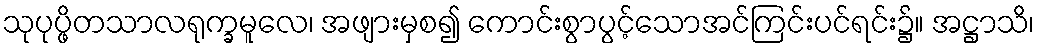
သုပုပ္ဖိတသာလရုက္ခမူလေ၊ အဖျားမှစ၍ ကောင်းစွာပွင့်သောအင်ကြင်းပင်ရင်း၌။ အဋ္ဌာသိ၊